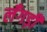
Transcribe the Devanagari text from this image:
लँगड़ी